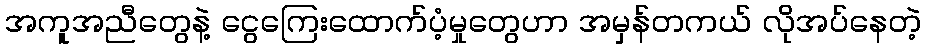
အကူအညီတွေနဲ့ ငွေကြေးထောက်ပံ့မှုတွေဟာ အမှန်တကယ် လိုအပ်နေတဲ့